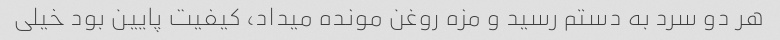
هر دو سرد به دستم رسید‌ و مزه روغن مونده میداد، کیفیت پایین بود خیلی